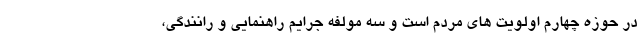
در حوزه چهارم اولویت های مردم است و سه مولفه جرایم راهنمایی و رانندگی،